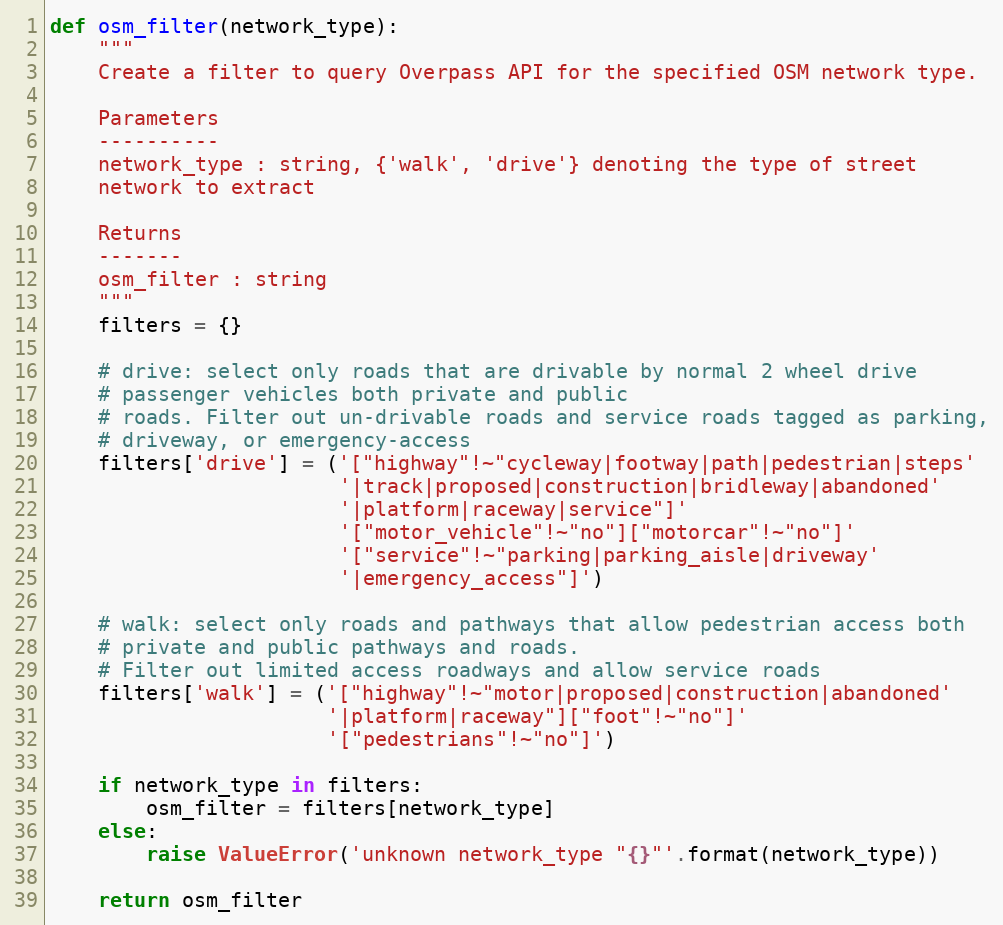
Language: Python
def osm_filter(network_type):
    """
    Create a filter to query Overpass API for the specified OSM network type.

    Parameters
    ----------
    network_type : string, {'walk', 'drive'} denoting the type of street
    network to extract

    Returns
    -------
    osm_filter : string
    """
    filters = {}

    # drive: select only roads that are drivable by normal 2 wheel drive
    # passenger vehicles both private and public
    # roads. Filter out un-drivable roads and service roads tagged as parking,
    # driveway, or emergency-access
    filters['drive'] = ('["highway"!~"cycleway|footway|path|pedestrian|steps'
                        '|track|proposed|construction|bridleway|abandoned'
                        '|platform|raceway|service"]'
                        '["motor_vehicle"!~"no"]["motorcar"!~"no"]'
                        '["service"!~"parking|parking_aisle|driveway'
                        '|emergency_access"]')

    # walk: select only roads and pathways that allow pedestrian access both
    # private and public pathways and roads.
    # Filter out limited access roadways and allow service roads
    filters['walk'] = ('["highway"!~"motor|proposed|construction|abandoned'
                       '|platform|raceway"]["foot"!~"no"]'
                       '["pedestrians"!~"no"]')

    if network_type in filters:
        osm_filter = filters[network_type]
    else:
        raise ValueError('unknown network_type "{}"'.format(network_type))

    return osm_filter